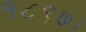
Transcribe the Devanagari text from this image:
१८९७।